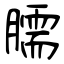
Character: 臑